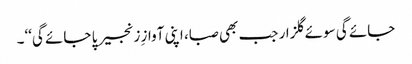
جائے گی سوئے گلزار جب بھی صبا، اپنی آوازِ زنجیر پا جائے گی‘‘۔